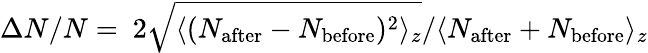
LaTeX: \Delta N/N=~2\sqrt{\langle(N_{\mathrm{after}}-N_{\mathrm{before}})^{2}\rangle_{z}}/{\langle N_{\mathrm{after}}+N_{\mathrm{before}}\rangle_{z}}